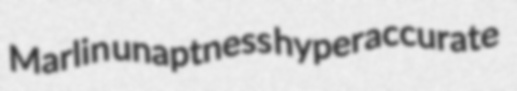
Marlin unaptness hyperaccurate